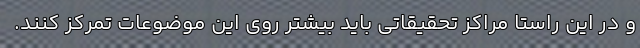
و در این راستا مراکز تحقیقاتی باید بیشتر روی این موضوعات تمرکز کنند.